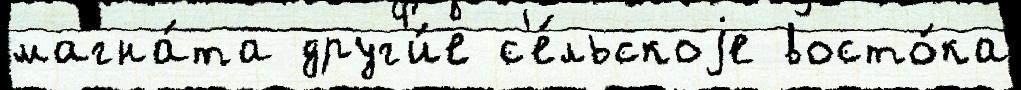
магна́та друг'и́е с'е́льскоjе восто́ка